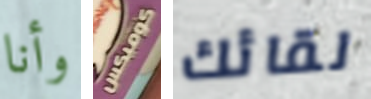
وأنا كوميكس لقائك